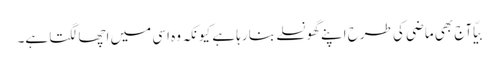
بیّا آج بھی ماضی کی طرح اپنے گھونسلے بنا رہا ہے کیونکہ وہ اسی میں اچھا لگتا ہے۔